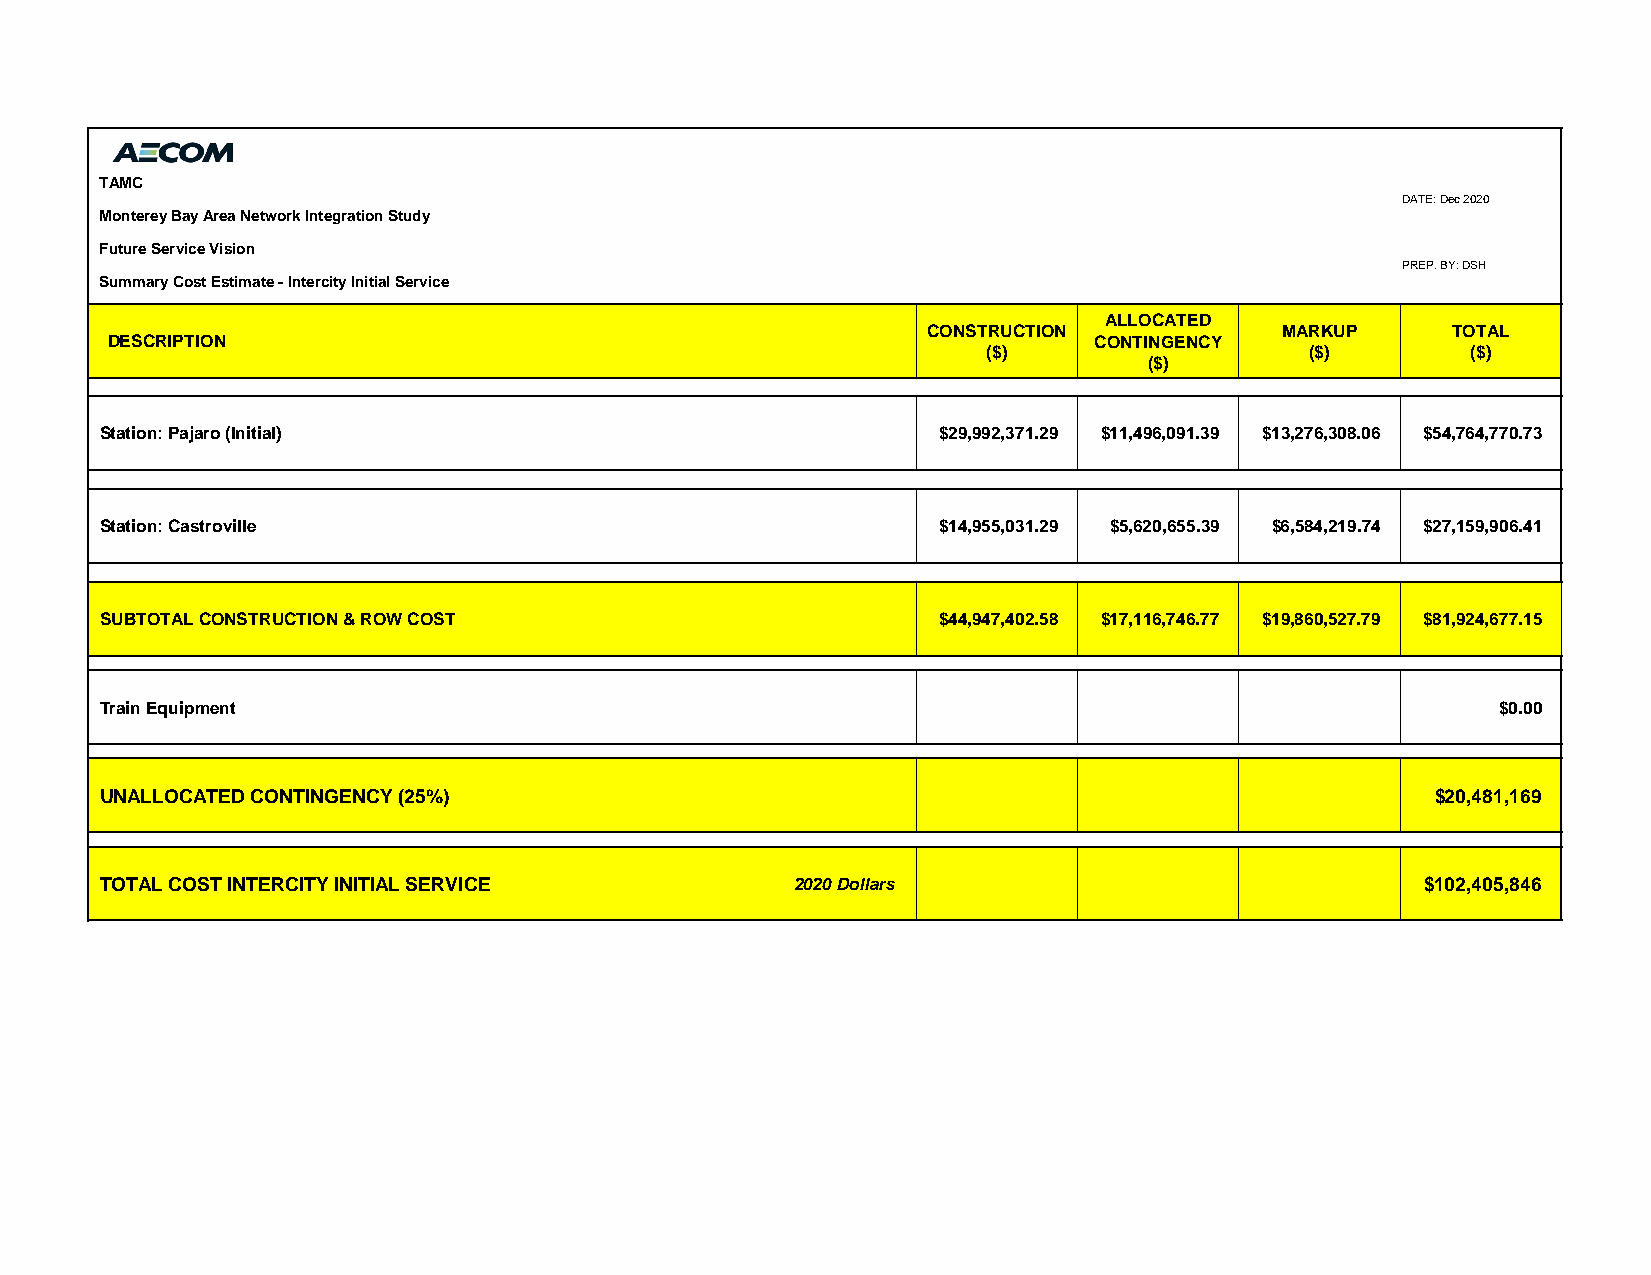
TAMC
 DATE: Dec 2020
 Monterey Bay Area Network Integration Study
 Future Service Vision
 PREP. BY: DSH
 Summary Cost Estimate - Intercity Initial Service
 ALLOCATED
 CONSTRUCTION            MARKUP     TOTAL
 DESCRIPTION                                                      CONTINGENCY
 ($)                   ($)       ($)
 ($)
 Station: Pajaro (Initial)                              $29,992,371.29 $11,496,091.39 $13,276,308.06 $54,764,770.73
 Station: Castroville                                   $14,955,031.29 $5,620,655.39 $6,584,219.74 $27,159,906.41
 SUBTOTAL CONSTRUCTION & ROW COST                       $44,947,402.58 $17,116,746.77 $19,860,527.79 $81,924,677.15
 Train Equipment                                                                             $0.00
 UNALLOCATED CONTINGENCY (25%)                                                           $20,481,169
 TOTAL COST INTERCITY INITIAL SERVICE          2020 Dollars                             $102,405,846